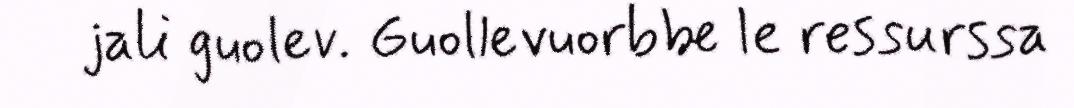
jali guolev. Guollevuorbbe le ressurssa